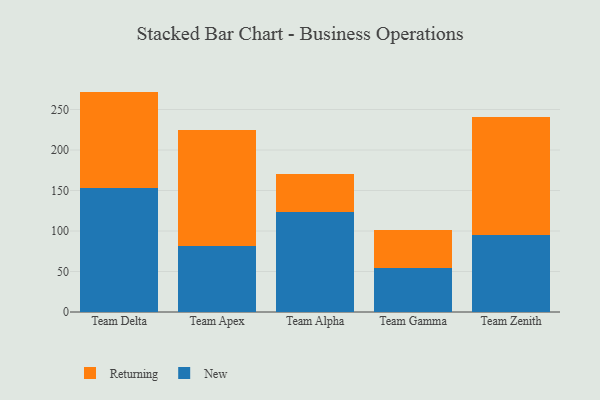
{"axis": {"x": "Team", "y": "Revenue (USD Million)"}, "legend": ["New", "Returning"], "data": [{"x": "Team Delta", "y": 152.9, "type": "New"}, {"x": "Team Delta", "y": 119.2, "type": "Returning"}, {"x": "Team Apex", "y": 81.8, "type": "New"}, {"x": "Team Apex", "y": 142.3, "type": "Returning"}, {"x": "Team Alpha", "y": 123.2, "type": "New"}, {"x": "Team Alpha", "y": 46.8, "type": "Returning"}, {"x": "Team Gamma", "y": 53.8, "type": "New"}, {"x": "Team Gamma", "y": 47.6, "type": "Returning"}, {"x": "Team Zenith", "y": 94.5, "type": "New"}, {"x": "Team Zenith", "y": 146.0, "type": "Returning"}]}